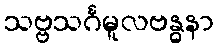
သဗ္ဗသင်္ဂမူလဗန္ဓနာ